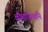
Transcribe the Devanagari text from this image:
क्षौमाजिनानि